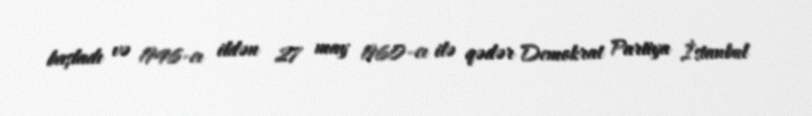
başladı və 1946-cı ildən 27 may 1960-cı ilə qədər Demokrat Partiya İstanbul